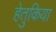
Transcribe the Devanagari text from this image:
हेतुकिया